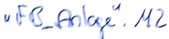
Text: "FB_Anlage".M2